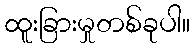
ထူးခြားမှုတစ်ခုပါ။